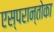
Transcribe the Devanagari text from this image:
एस्परान्तोका